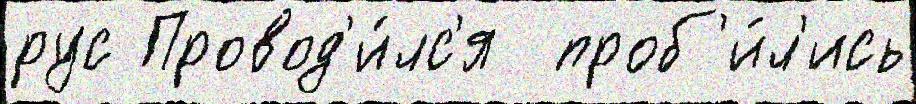
рус Провод'и́лс'я  проб'и́л'ись